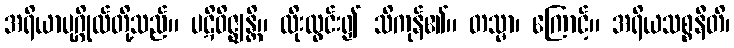
အရိယာပုဂ္ဂိုလ်တို့သည်။ ပဋိဝိဇ္ဈန္တိ။ ထိုးထွင်း၍ သိကုန်၏။ တသ္မာ၊ ကြောင့်။ အရိယသစ္စနီတိ၊